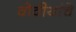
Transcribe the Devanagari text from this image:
वोवीयांचे